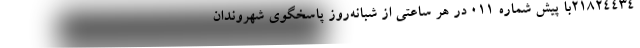
۲۱۸۲۴۴۳۴با پیش شماره ۰۱۱ در هر ساعتی از شبانه‌روز پاسخگوی شهروندان